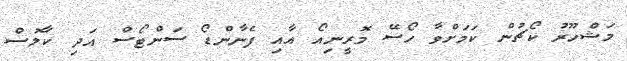
މަޝްހޫރު ކޯޗުން ކަމަށްވާ ހޯސޭ މޮރީނިއޯ އާއި ފެނާންޑޯ ސަންޓޯސް އަދި ކާލޮސް